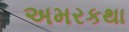
અમરકથા